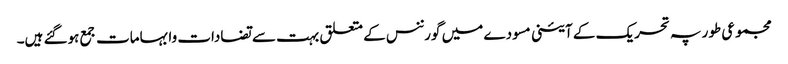
مجموعی طور پہ تحریک کے آئینی مسودے میں گورننس کے متعلق بہت سے تضادات وابہامات جمع ہوگئے ہیں۔